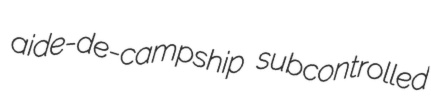
aide-de-campship subcontrolled